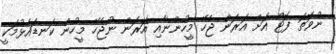
ނުވަތަ ފޮޓޯ އަށް އަރަން ޖެހޭ މީހުންނާއި އަރަން ނުޖެހޭ މީހުން ކަނޑައެޅުމަކީ